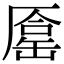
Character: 𠪦